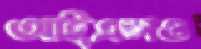
আইএসও